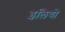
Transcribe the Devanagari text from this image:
इलियो